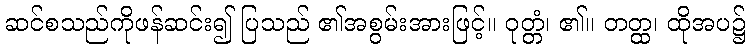
ဆင်စသည်ကိုဖန်ဆင်း၍ ပြသည် ၏အစွမ်းအားဖြင့်။ ဝုတ္တံ၊ ၏။ တတ္ထ၊ ထိုအပ၌